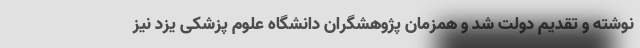
نوشته و تقدیم دولت شد و همزمان پژوهشگران دانشگاه علوم پزشکی یزد نیز